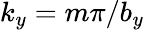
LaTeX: k_{y}=m\pi/b_{y}